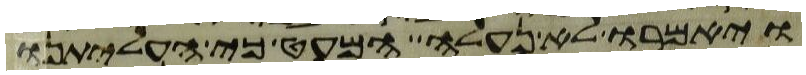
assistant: ויאמרו לא נעלה המעט כי העליתנו